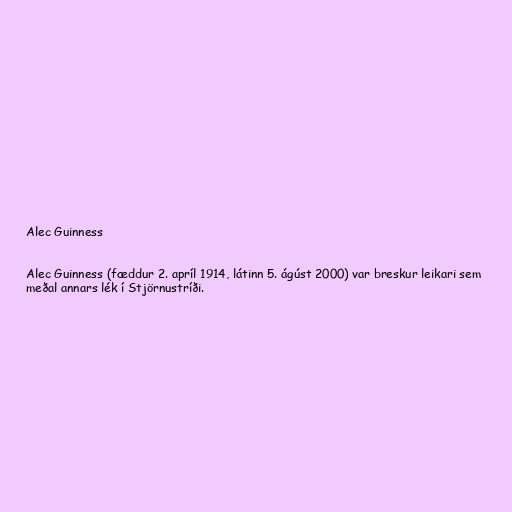
Alec Guinness

Alec Guinness (fæddur 2. apríl 1914, látinn 5. ágúst 2000) var breskur leikari sem
meðal annars lék í Stjörnustríði.